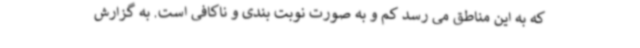
که به این مناطق می رسد کم و به صورت نوبت بندی و ناکافی است. به گزارش